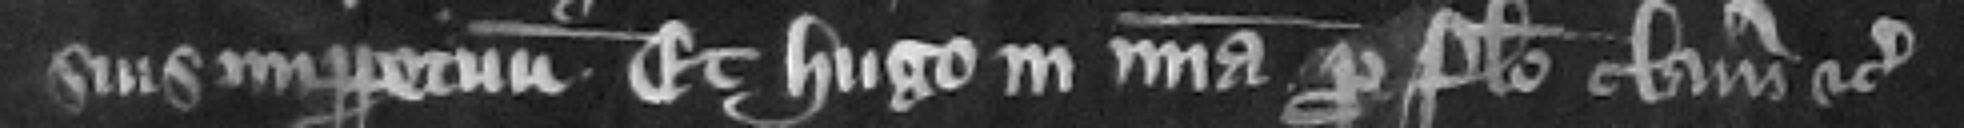
suis imperpetuum. Et Hugo in misericordia pro falso clamore etc.